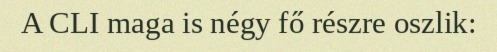
A CLI maga is négy fő részre oszlik: